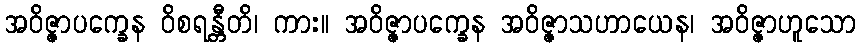
အဝိဇ္ဇာပက္ခေန ဝိစရန္တီတိ၊ ကား။ အဝိဇ္ဇာပက္ခေန အဝိဇ္ဇာသဟာယေန၊ အဝိဇ္ဇာဟူသော